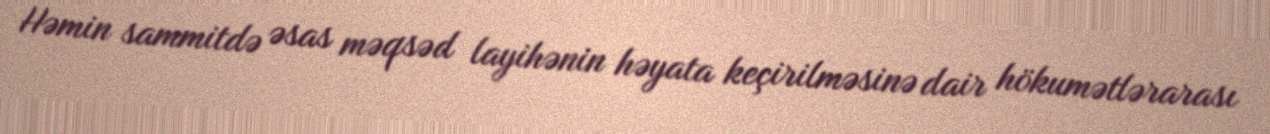
Həmin sammitdə əsas məqsəd layihənin həyata keçirilməsinə dair hökumətlərarası